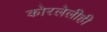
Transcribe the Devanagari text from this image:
कोरलेलीही